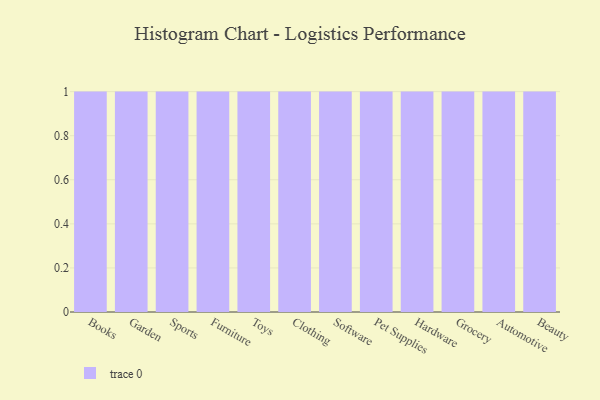
{"axis": {"x": "Category", "y": "Budget (USD K)"}, "legend": [""], "data": [{"x": "Books", "y": 17, "type": ""}, {"x": "Garden", "y": 2, "type": ""}, {"x": "Sports", "y": 62, "type": ""}, {"x": "Furniture", "y": 12, "type": ""}, {"x": "Toys", "y": 3, "type": ""}, {"x": "Clothing", "y": 74, "type": ""}, {"x": "Software", "y": 28, "type": ""}, {"x": "Pet Supplies", "y": 27, "type": ""}, {"x": "Hardware", "y": 75, "type": ""}, {"x": "Grocery", "y": 20, "type": ""}, {"x": "Automotive", "y": 19, "type": ""}, {"x": "Beauty", "y": 14, "type": ""}]}